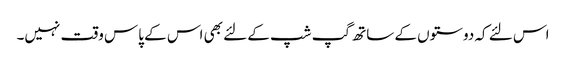
اس لئے کہ دوستوں کے ساتھ گپ شپ کے لئے بھی اس کے پاس وقت نہیں۔